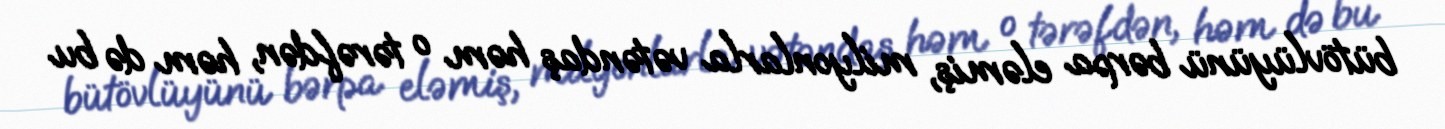
bütövlüyünü bərpa eləmiş, milyonlarla vətəndaş həm o tərəfdən, həm də bu